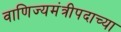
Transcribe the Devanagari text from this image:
वाणिज्यमंत्रीपदाच्या